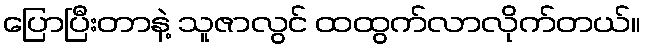
ပြောပြီးတာနဲ့ သူဇာလွင် ထထွက်လာလိုက်တယ်။